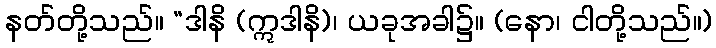
နတ်တို့သည်။ “ဒါနိ (ဣဒါနိ)၊ ယခုအခါ၌။ (နော၊ ငါတို့သည်။)